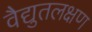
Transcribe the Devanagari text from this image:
वैद्युतलक्षण